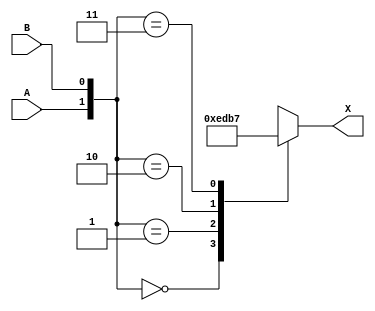
// This program was cloned from: https://github.com/furrtek/Arcade-TMNT_MiSTer
// License: GNU General Public License v2.0

// Fujitsu AV cell
// 2:4 Decoder
// furrtek 2022

`timescale 1ns/100ps

module DE2(
	input A, B,
	output reg [3:0] X
);

always @(*) begin
	case({A, B})	// tmax = 1.3ns
		2'd0: X <= 4'b1110;
		2'd1: X <= 4'b1101;
		2'd2: X <= 4'b1011;
		2'd3: X <= 4'b0111;
	endcase
end

endmodule